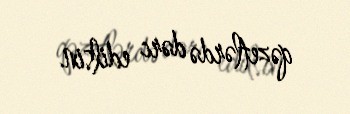
qəzetlərdə dərc edilsin.